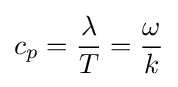
\displaystyle c_{p}={\frac {\lambda }{T}}={\frac {\omega }{k}}